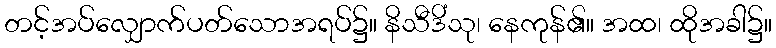
တင့်အပ်လျှောက်ပတ်သောအရပ်၌။ နိသီဒိံသု၊ နေကုန်၏။ အထ၊ ထိုအခါ၌။